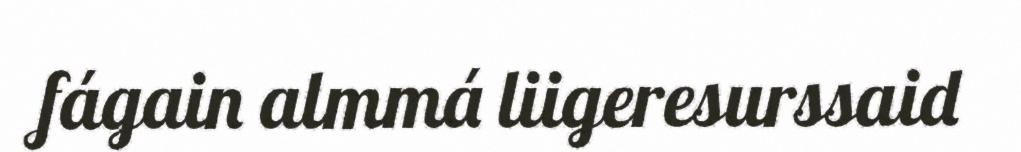
fágain almmá liigeresurssaid